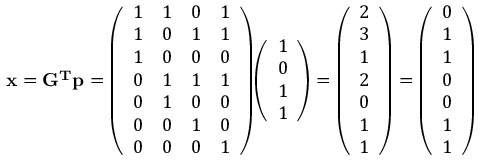
\mathbf { x } = \mathbf { G ^ { T } } \mathbf { p } = { \left( \begin{array} { l l l l } { 1 } & { 1 } & { 0 } & { 1 } \\ { 1 } & { 0 } & { 1 } & { 1 } \\ { 1 } & { 0 } & { 0 } & { 0 } \\ { 0 } & { 1 } & { 1 } & { 1 } \\ { 0 } & { 1 } & { 0 } & { 0 } \\ { 0 } & { 0 } & { 1 } & { 0 } \\ { 0 } & { 0 } & { 0 } & { 1 } \end{array} \right) } { \left( \begin{array} { l } { 1 } \\ { 0 } \\ { 1 } \\ { 1 } \end{array} \right) } = { \left( \begin{array} { l } { 2 } \\ { 3 } \\ { 1 } \\ { 2 } \\ { 0 } \\ { 1 } \\ { 1 } \end{array} \right) } = { \left( \begin{array} { l } { 0 } \\ { 1 } \\ { 1 } \\ { 0 } \\ { 0 } \\ { 1 } \\ { 1 } \end{array} \right) }